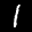
Label: 1